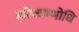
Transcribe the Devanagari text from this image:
हरिकाम्भोधि